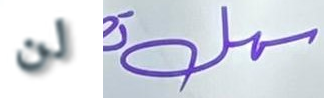
لن سهل